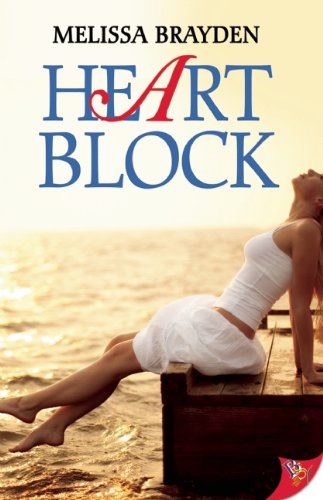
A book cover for Heart Block; Melissa Brayden; Gay & Lesbian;